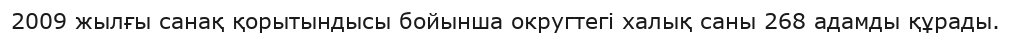
2009 жылғы санақ қорытындысы бойынша округтегі халық саны 268 адамды құрады.